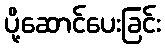
ပို့ဆောင်ပေးခြင်း